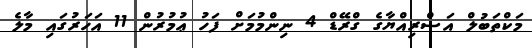
މަކްތަބުލް އަސްރިއްޔާގެ ގްރޭޑް 4 ނިންމުމަށް ފަހު ޢުމުރުން 11 އަހަރުގައި މާލެ